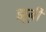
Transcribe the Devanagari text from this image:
झूबी